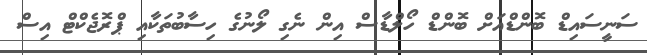
ސަނީސައިޑް ބޮންޑްއަށް ބޮންޑް ހޯލްޑާސް އިން ނެގި ލޯނުގެ ހިސާބުތަކާއި ޕްރޮޖެކްޓް އިސް